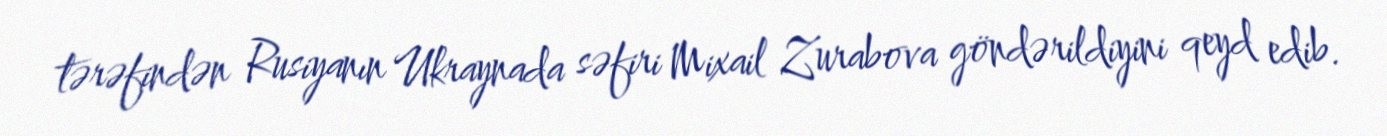
tərəfindən Rusiyanın Ukraynada səfiri Mixail Zurabova göndərildiyini qeyd edib.